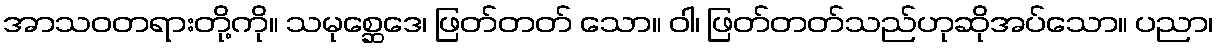
အာသဝတရားတို့ကို။ သမုစ္ဆေဒေ၊ ဖြတ်တတ် သော။ ဝါ၊ ဖြတ်တတ်သည်ဟုဆိုအပ်သော။ ပညာ၊